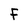
Character: F